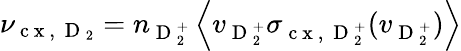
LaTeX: \nu_{\mathrm{~c~x~,~}\mathrm{~D~}_{2}}=n_{\mathrm{~D~}_{2}^{+}}\left\langle v_{\mathrm{~D~}_{2}^{+}}\sigma_{\mathrm{~c~x~,~}\mathrm{~D~}_{2}^{+}}(v_{\mathrm{~D~}_{2}^{+}})\right\rangle